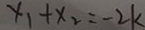
x _ { 1 } + x _ { 2 } = - 2 k